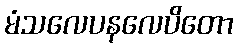
မံသလေပနလေပိတော